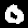
Digit: 0